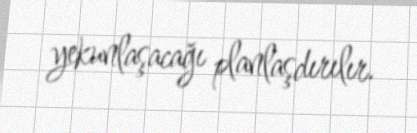
yekunlaşacağı planlaşdırılır.